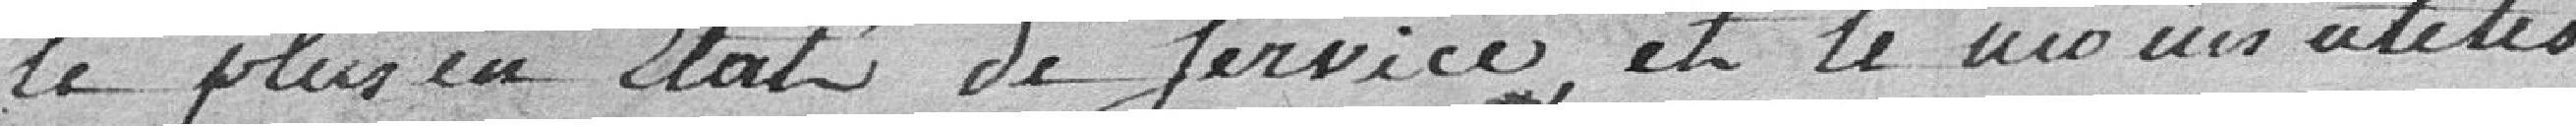
le plus en état de service et le moins utiles